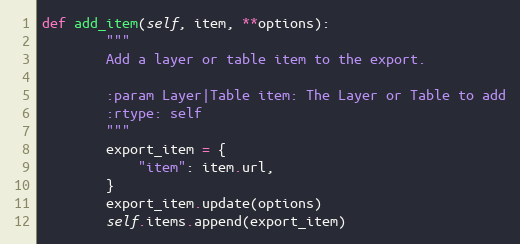
Language: Python
def add_item(self, item, **options):
        """
        Add a layer or table item to the export.

        :param Layer|Table item: The Layer or Table to add
        :rtype: self
        """
        export_item = {
            "item": item.url,
        }
        export_item.update(options)
        self.items.append(export_item)